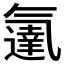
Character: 𬇓